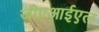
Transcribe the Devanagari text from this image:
जीएआईएल